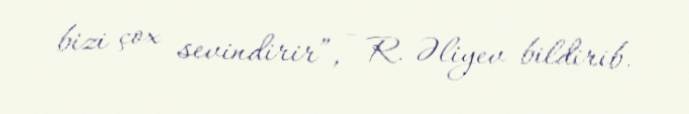
bizi çox sevindirir”, - R. Əliyev bildirib.